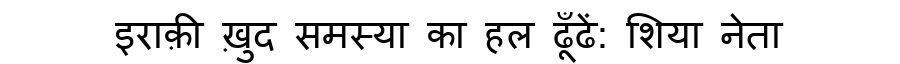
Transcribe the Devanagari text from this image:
इराक़ी ख़ुद समस्या का हल ढूँढें: शिया नेता